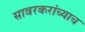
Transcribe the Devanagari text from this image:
सावरकरांच्याच